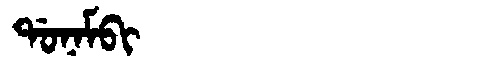
Manchu: ᡩᠣᠨᠠᠮᠪᡳ
Romanization: DONAMBI